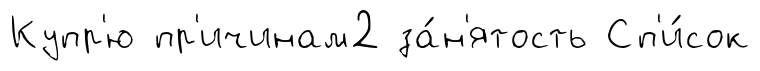
Купр'ю пр'ичинам2 за́н'ятость Сп'и́сок